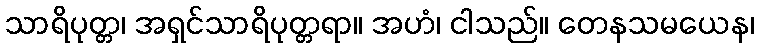
သာရိပုတ္တ၊ အရှင်သာရိပုတ္တရာ။ အဟံ၊ ငါသည်။ တေနသမယေန၊